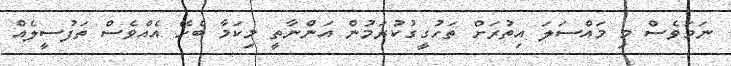
ނަމަވެސް މި މައްސަލަ އިތުރަށް ތަހުގީގުކުރަމުން އަންނާތީ މިކަމާ ބެހޭ އެއްވެސް ތަފުސީލެއް